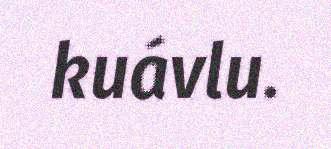
kuávlu.